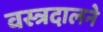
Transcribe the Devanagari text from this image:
वस्त्रदालने